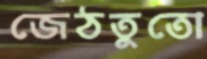
জেঠতুতো